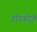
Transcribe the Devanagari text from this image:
हॉगवॉर्ट्झ